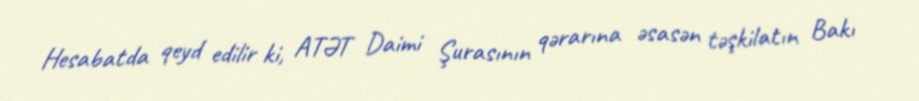
Hesabatda qeyd edilir ki, ATƏT Daimi Şurasının qərarına əsasən təşkilatın Bakı